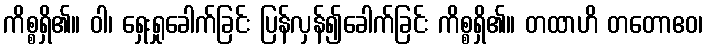
ကိစ္စရှိ၏။ ဝါ၊ ရှေးရှုခေါက်ခြင်း ပြန်လှန်၍ခေါက်ခြင်း ကိစ္စရှိ၏။ တထာဟိ တတောဧဝ၊